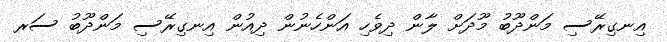
އިނގިރޭސި މަންދޫބު މޫދަށް ލާން ދިވެހި އަންހެނުން ދިއުން އިނގިރޭސި މަންދޫބު ސަރ